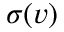
\sigma ( v )